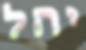
יהל